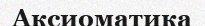
Аксиоматика